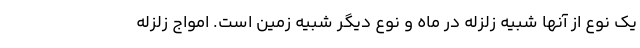
یک نوع از آنها شبیه زلزله در ماه و نوع دیگر شبیه زمین است. امواج زلزله